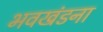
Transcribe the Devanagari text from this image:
भवखंडना